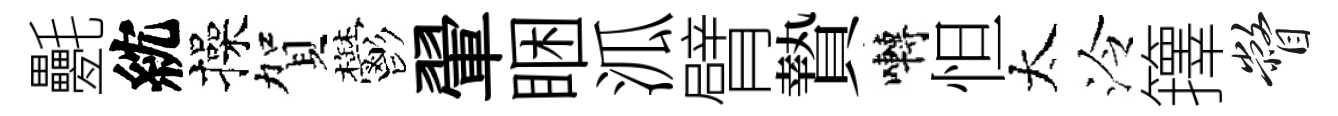
氎紞操賀鬱翬睏泒臂贄囀怛太泠籜瞥